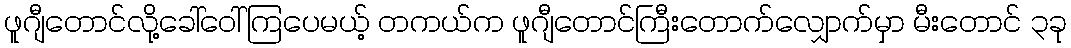
ဖူဂျီတောင်လို့ခေါ်ဝေါ်ကြပေမယ့် တကယ်က ဖူဂျီတောင်ကြီးတောက်လျှောက်မှာ မီးတောင် ၃ခု